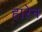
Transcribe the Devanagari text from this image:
हारेन